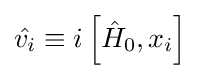
{\hat {v_{i}}}\equiv i\left[{\hat {H}}_{0},x_{i}\right]